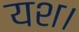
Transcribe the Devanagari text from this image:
यश।